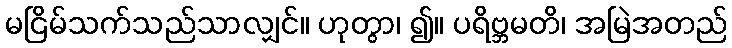
မငြိမ်သက်သည်သာလျှင်။ ဟုတွာ၊ ၍။ ပရိဗ္ဘမတိ၊ အမြဲအတည်